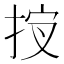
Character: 𰓣